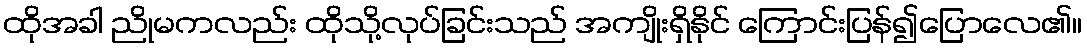
ထိုအခါ ညိုမကလည်း ထိုသို့လုပ်ခြင်းသည် အကျိုးရှိနိုင် ကြောင်းပြန်၍ပြောလေ၏။